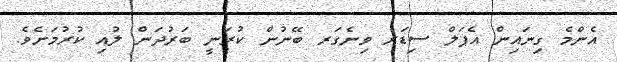
އެންމެ ގިނައިން އެޕަލް ސިޑަރ ވިނެގަރ ބޭނުން ކުރަނީ ބަރުދަން ލުއި ކުރުމަށެވެ.